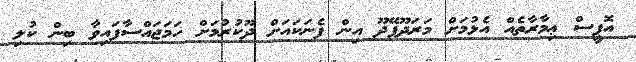
އޮފީސް ޢިމާރާތެއް އެޅުމަށް މަރަދޫފޭދޫ އިން ފެނަކައަށް ދޫކުރުމަށް ހަމަޖައްސާފައިވާ ބިން ކުލި